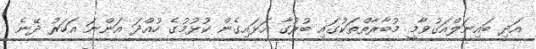
އަދި ބައިނަލްއަގުވާމީ މުބާރާތްތަކުގައި ބުރުގާ އަޅައިގެން ކުޅުމުގެ ހުއްދަ އަންނަ އަހަރު ދޭނެ